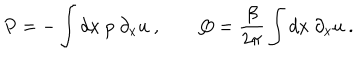
P = - \int d x \ p \ \partial _ { x } u \ , \qquad Q = { \frac { \beta } { 2 \pi } } \int d x \ \partial _ { x } u \ .